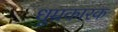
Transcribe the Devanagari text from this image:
धूम्रकारक